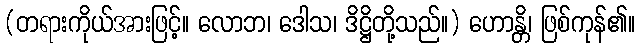
(တရားကိုယ်အားဖြင့်။ လောဘ၊ ဒေါသ၊ ဒိဋ္ဌိတို့သည်။) ဟောန္တိ၊ ဖြစ်ကုန်၏။